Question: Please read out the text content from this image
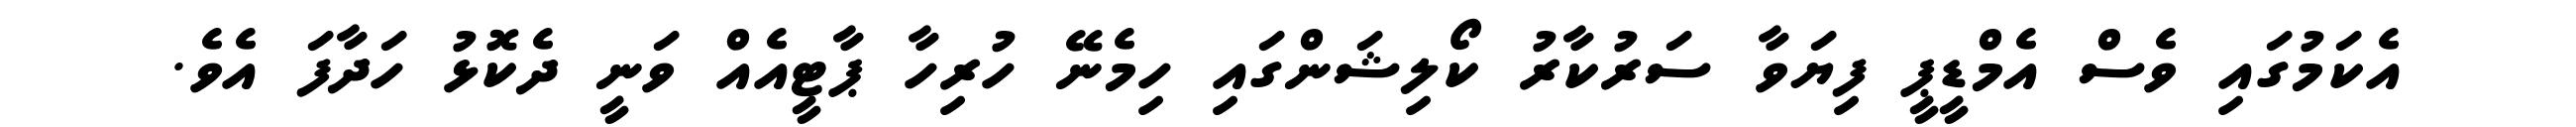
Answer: އެކަމުގައި ވެސް އެމްޑީޕީ ފިޔަވާ ސަރުކާރު ކޯލިޝަންގައި ހިމެނޭ ހުރިހާ ޕާޓީއެއް ވަނީ ދެކޮޅު ހަދާފަ އެވެ.